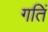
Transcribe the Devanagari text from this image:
गतिं